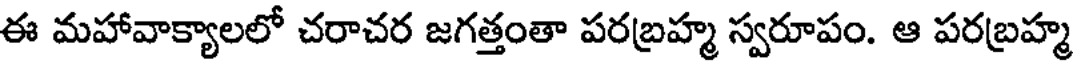
ఈ మహావాక్యాలలో చరాచర జగత్తంతా పరబ్రహ్మ స్వరూపం. ఆ పరబ్రహ్మ